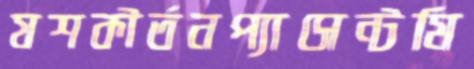
যশকীর্তনপ্যাসেন্টমি